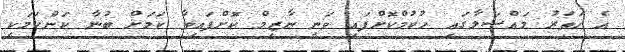
އެ ހަތަރު މައްސަލާގައި ހުކުމްކޮށްފައި ވަނީ ނާޒިމް ކޮށްފައިވާ ކަމަށް ބުނާ ކަންކަމަކީ